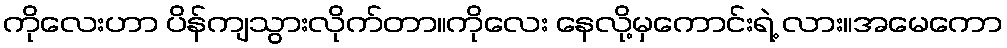
ကိုလေးဟာ ပိန်ကျသွားလိုက်တာ။ကိုလေး နေလို့မှကောင်းရဲ့ လား။အမေကော